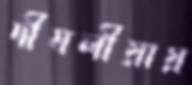
দীঘলীয়ায়